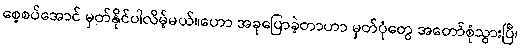
စေ့စပ်အောင် မှတ်နိုင်ပါလိမ့်မယ်။ဟော အခုပြောခဲ့တာဟာ မှတ်ပုံတွေ အတော်စုံသွားပြီ၊